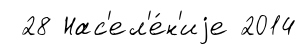
28 Нас'ел'е́н'иjе 2014